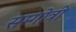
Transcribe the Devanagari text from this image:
सम्गोत्री